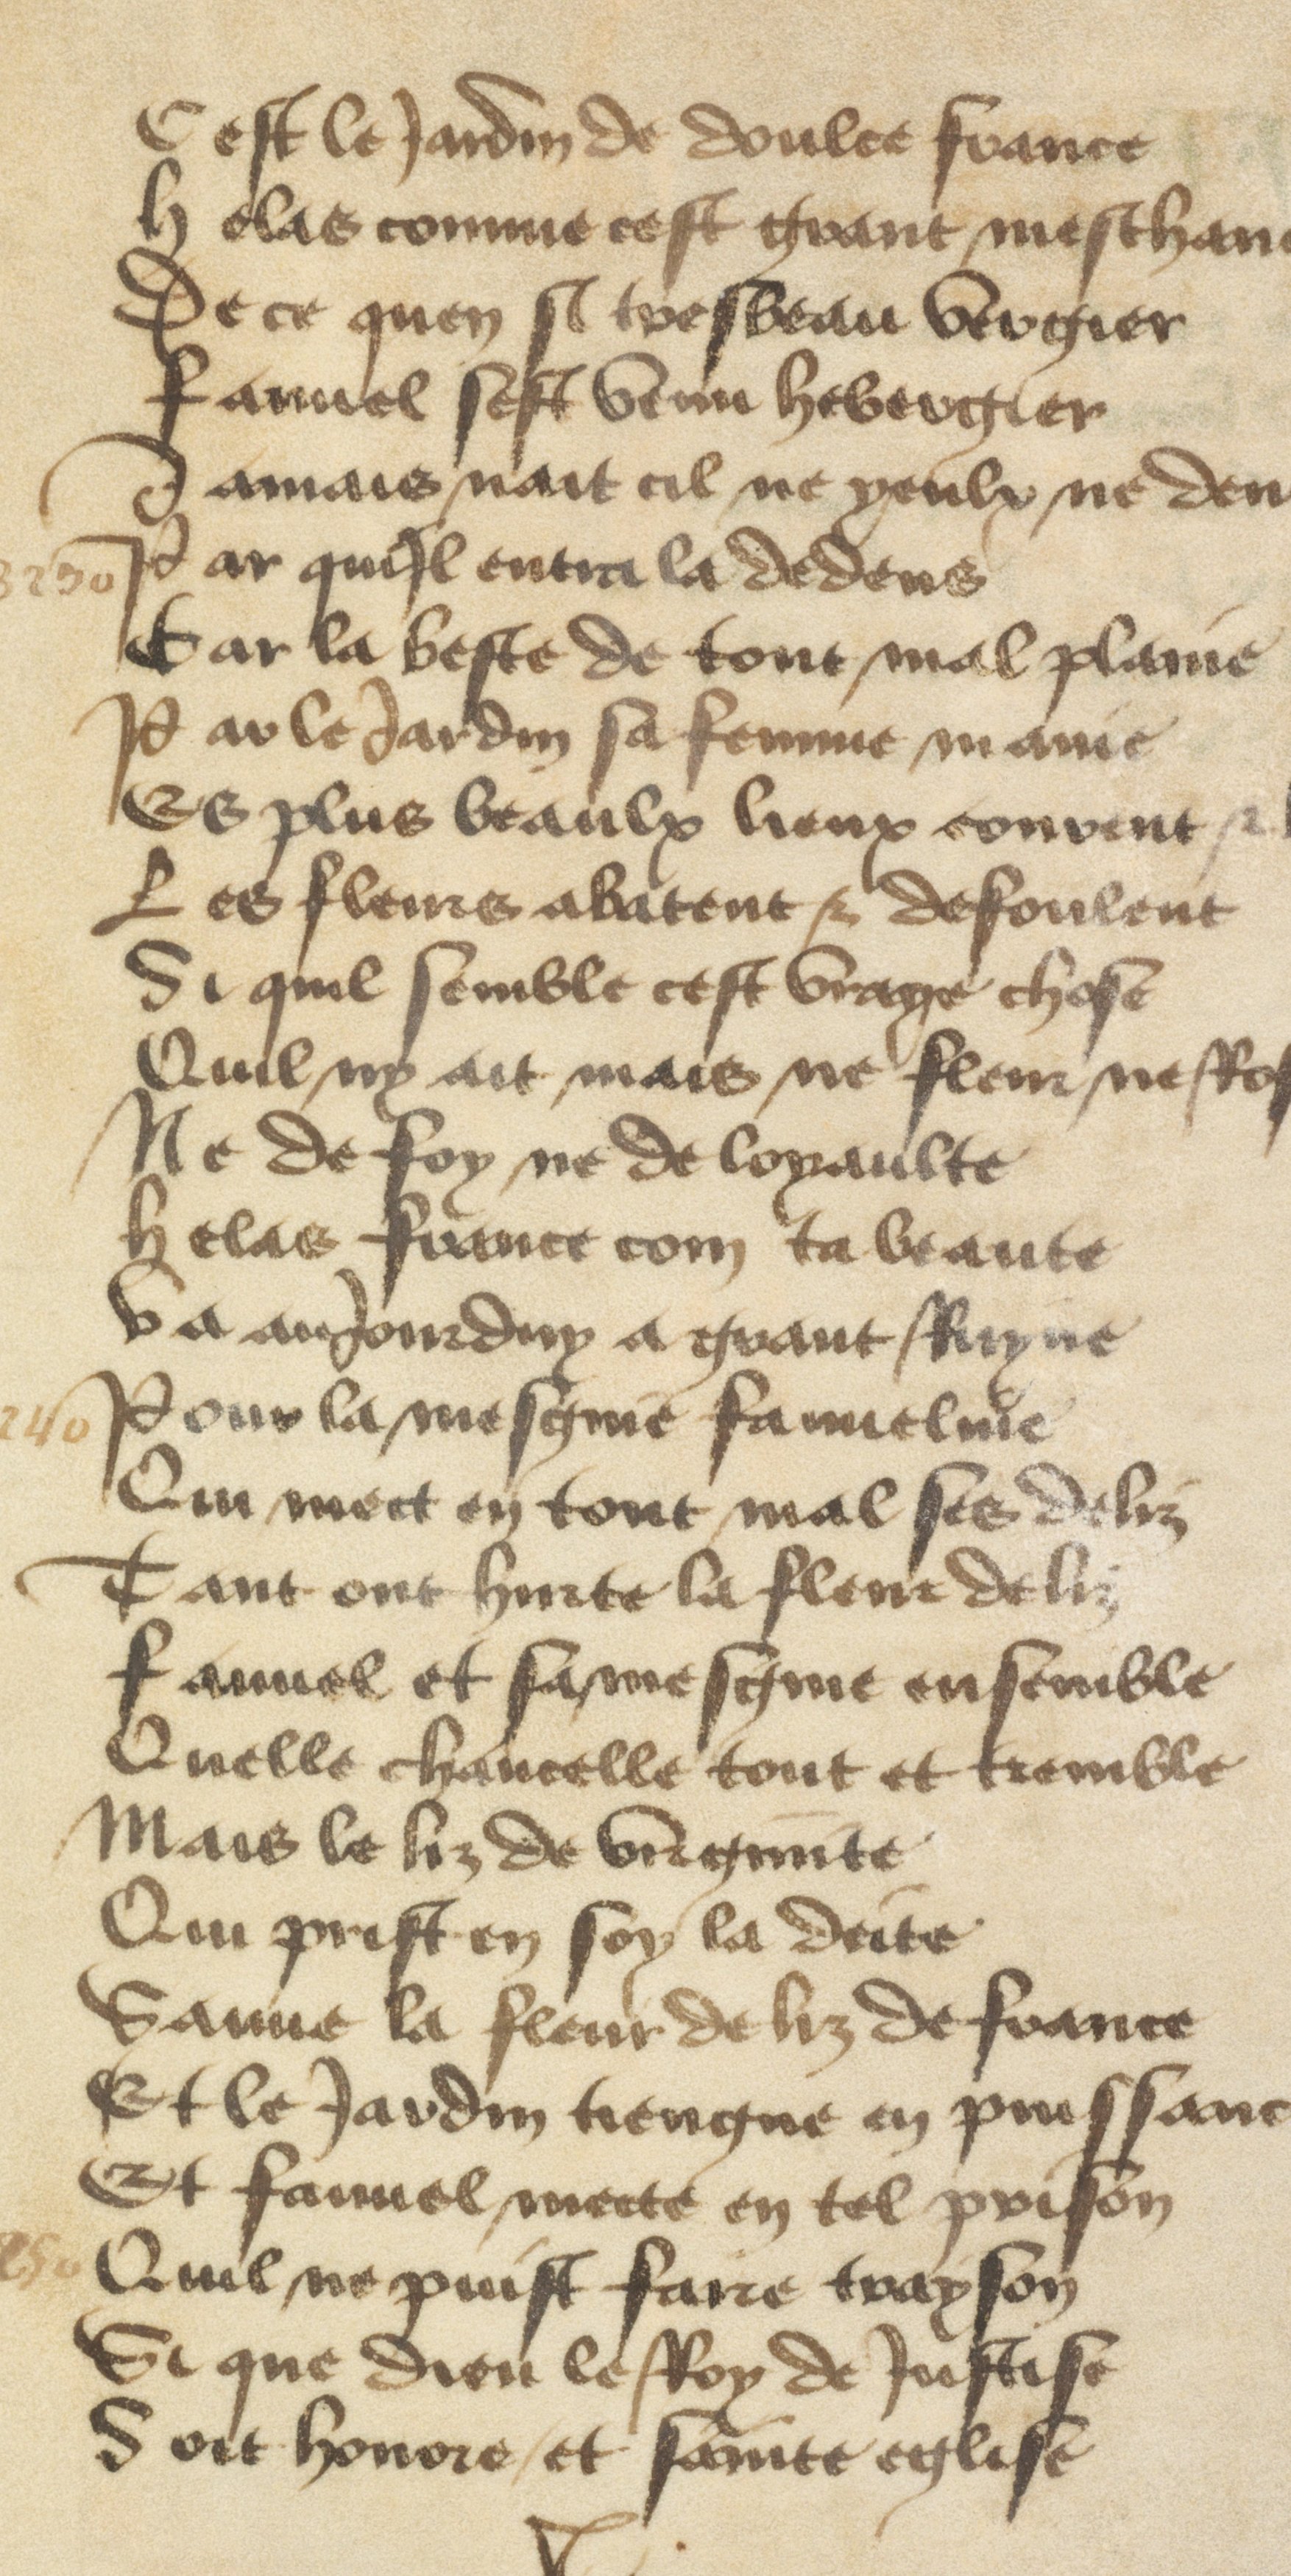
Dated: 1400–1499